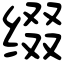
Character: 缀